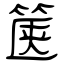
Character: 箧